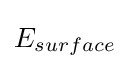
E_{surface}